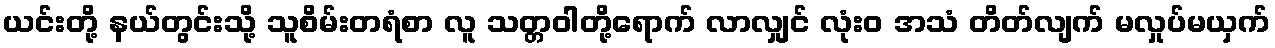
ယင်းတို့ နယ်တွင်းသို့ သူစိမ်းတရံစာ လူ သတ္တဝါတို့ရောက် လာလျှင် လုံးဝ အသံ တိတ်လျက် မလှုပ်မယှက်